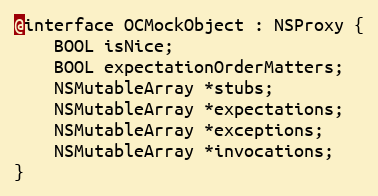
Language: C
@interface OCMockObject : NSProxy {
    BOOL isNice;
    BOOL expectationOrderMatters;
    NSMutableArray *stubs;
    NSMutableArray *expectations;
    NSMutableArray *exceptions;
    NSMutableArray *invocations;
}